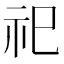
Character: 祀